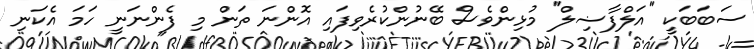
ސަބަބަކީ ''އަލްފާޟިލް'' މުޅިންވެސް ބޭނުންކުރެވިފައި އޮންނަ ތަން މި ފެންނަނީ ހަމަ އެކަނި